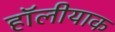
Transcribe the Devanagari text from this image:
हॉलीयाक